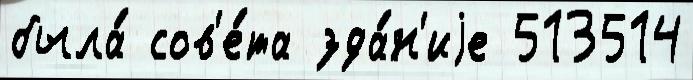
была́ сов'е́та зда́н'иjе 513514